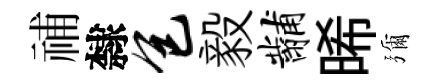
𥙷隸包毅黼晞彌